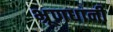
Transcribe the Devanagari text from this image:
भ्रूणधानी